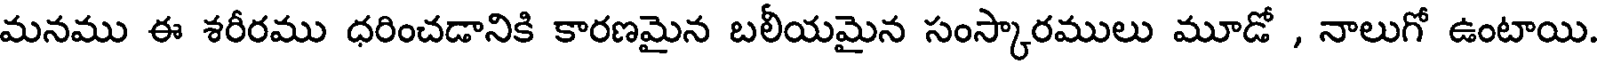
మనము ఈ శరీరము ధరించడానికి కారణమైన బలీయమైన సంస్కారములు మూడో , నాలుగో ఉంటాయి.